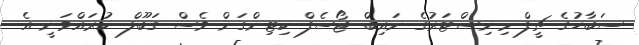
ސަބާހުގެ ޗީފް މިނިސްޓަރުގެ ނައިބް ޖޯސެފް ކިޓިންގަން ވެސް ގަބޫލް ކުރައްވަނީ އެ